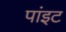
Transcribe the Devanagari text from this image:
पांइट